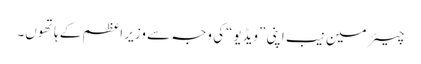
چیئر مین نیب اپنی ”ویڈیو“کی وجہ سے وزیر اعظم کے ہاتھوں۔